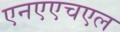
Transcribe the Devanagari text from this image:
एनएएचएल